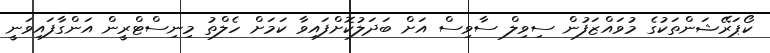
ކޯޕަރޭޝަންތަކުގެ މުވައްޒަފުން ސިވިލް ސާވިސް އަށް ބަދަލުކޮށްފައިވާ ކަމަށް ހެލްތު މިނިސްޓްރީން އަންގާފައިވަނީ